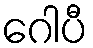
ဂေါပီ